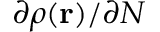
\partial \rho ( \mathbf { r } ) / \partial N